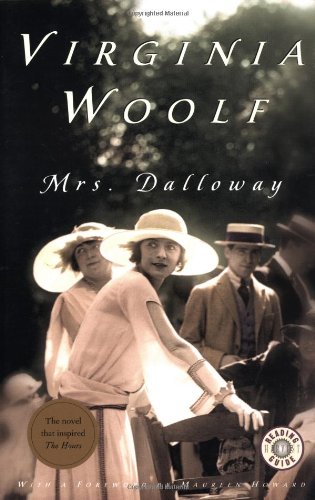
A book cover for Mrs. Dalloway; Virginia Woolf; Mystery, Thriller & Suspense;